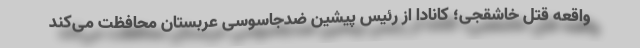
واقعهٔ قتل خاشقجی؛ کانادا از رئیس پیشین ضدجاسوسی عربستان محافظت می‌کند